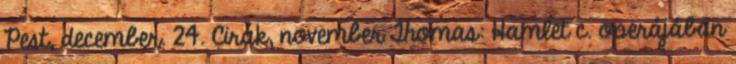
Pest, december. 24. Cirák, november Thomas: Hamlet c. operájában